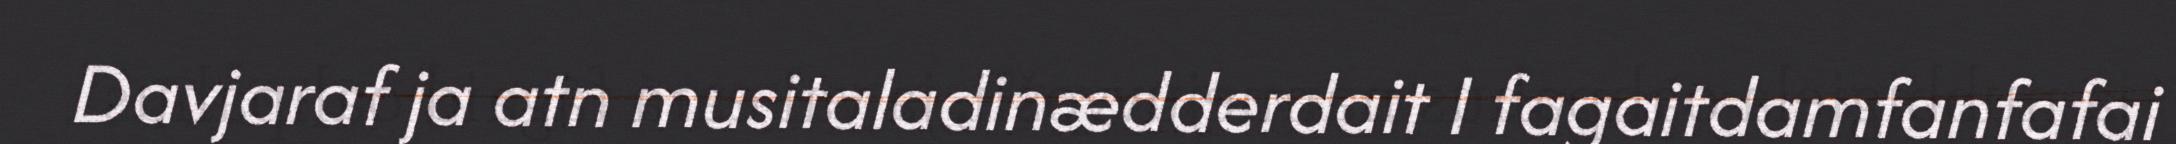
Davjaraf ja atn musitaladinædderdait I fagaitdamfanfafai